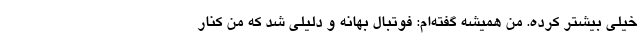
خیلی بیشتر کرده. من همیشه گفته‌ام: فوتبال بهانه و دلیلی شد که من کنار